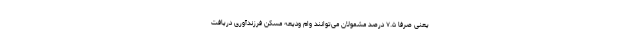
یعنی صرفاً ۷.۵ درصد مشمولان می‌توانند وام ودیعه مسکن فرزندآوری دریافت